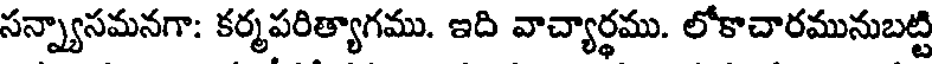
సన్న్యాసమనగా: కర్మపరిత్యాగము. ఇది వాచ్యార్థము. లోకాచారమునుబట్టి